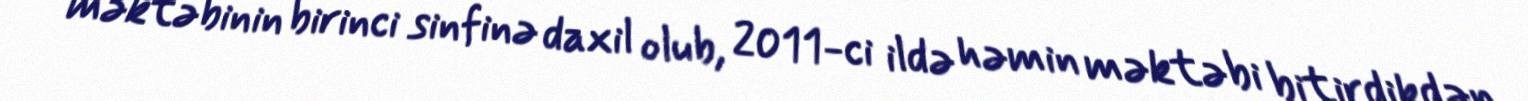
məktəbinin birinci sinfinə daxil olub, 2011-ci ildə həmin məktəbi bitirdikdən